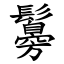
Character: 䰓